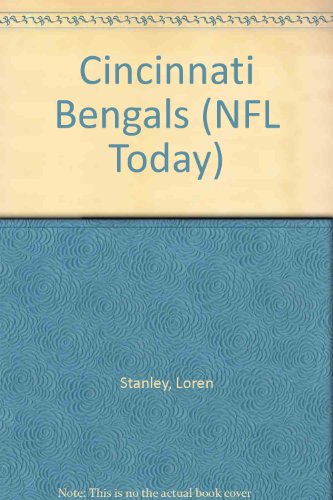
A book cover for Cincinnati Bengals (NFL Today); Loren Stanley; Teen & Young Adult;